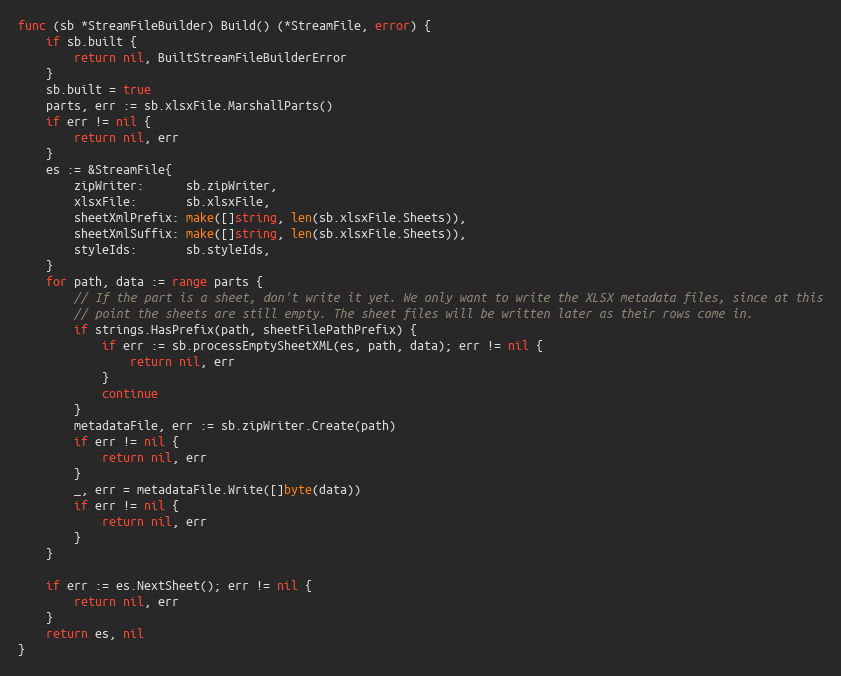
Language: Go
func (sb *StreamFileBuilder) Build() (*StreamFile, error) {
	if sb.built {
		return nil, BuiltStreamFileBuilderError
	}
	sb.built = true
	parts, err := sb.xlsxFile.MarshallParts()
	if err != nil {
		return nil, err
	}
	es := &StreamFile{
		zipWriter:      sb.zipWriter,
		xlsxFile:       sb.xlsxFile,
		sheetXmlPrefix: make([]string, len(sb.xlsxFile.Sheets)),
		sheetXmlSuffix: make([]string, len(sb.xlsxFile.Sheets)),
		styleIds:       sb.styleIds,
	}
	for path, data := range parts {
		// If the part is a sheet, don't write it yet. We only want to write the XLSX metadata files, since at this
		// point the sheets are still empty. The sheet files will be written later as their rows come in.
		if strings.HasPrefix(path, sheetFilePathPrefix) {
			if err := sb.processEmptySheetXML(es, path, data); err != nil {
				return nil, err
			}
			continue
		}
		metadataFile, err := sb.zipWriter.Create(path)
		if err != nil {
			return nil, err
		}
		_, err = metadataFile.Write([]byte(data))
		if err != nil {
			return nil, err
		}
	}

	if err := es.NextSheet(); err != nil {
		return nil, err
	}
	return es, nil
}